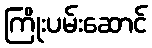
ကြိုးပမ်းဆောင်